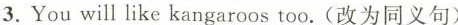
3.You will like kangaroos too.(改为同义句)